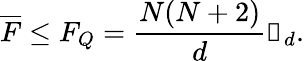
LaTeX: \overline{F}\leq F_{Q}=\frac{N(N+2)}{d}\mathbb{1}_{d}.